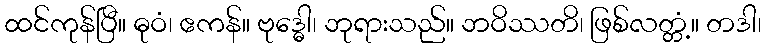
ထင်ကုန်ပြီ။ ဓုဝံ၊ ဧကန်။ ဗုဒ္ဓေါ၊ ဘုရားသည်။ ဘဝိဿတိ၊ ဖြစ်လတ္တံ့။ တဒါ၊